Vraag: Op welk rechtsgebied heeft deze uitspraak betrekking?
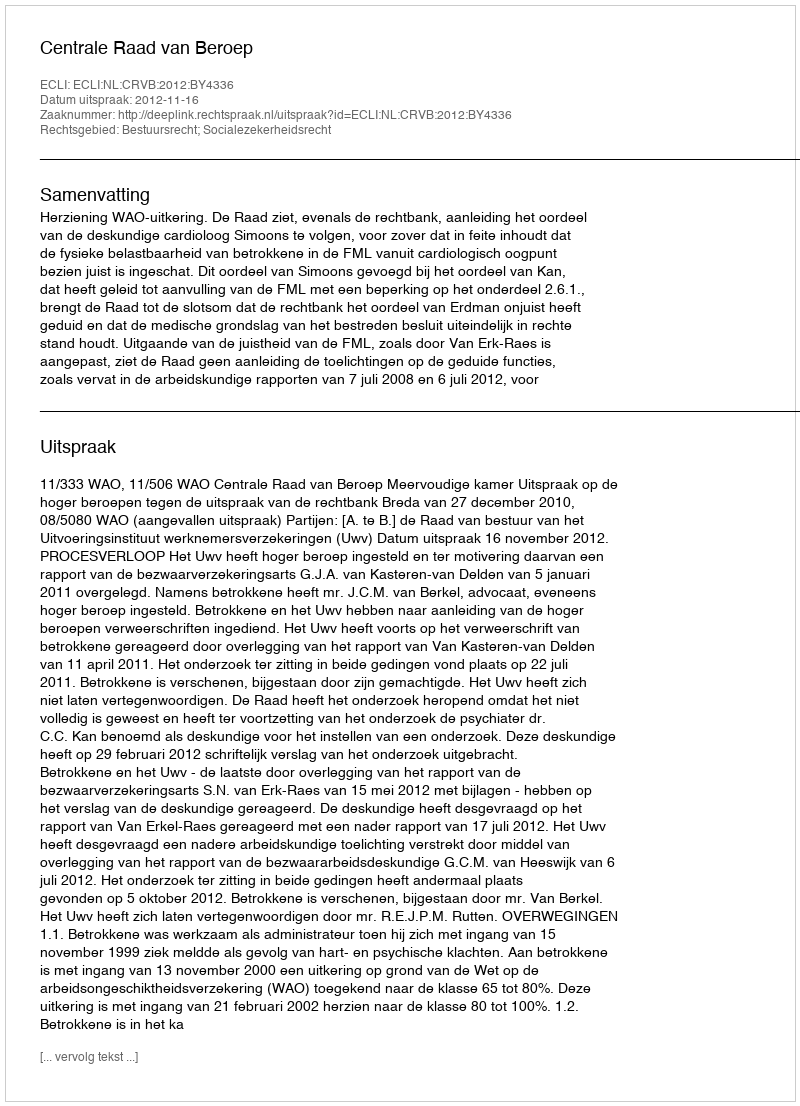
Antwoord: Bestuursrecht; Socialezekerheidsrecht